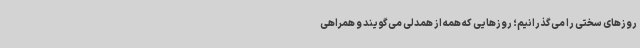
روزهای سختی را می‌گذرانیم؛ روزهایی که همه از همدلی می‌گویند و همراهی